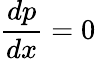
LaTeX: {\frac{dp}{dx}}=0